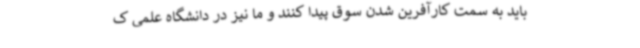
باید به سمت کارآفرین شدن سوق پیدا کنند و ما نیز در دانشگاه علمی ک